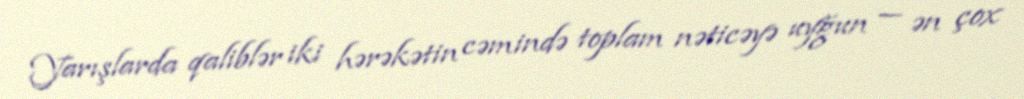
Yarışlarda qaliblər iki hərəkətin cəmində toplam nəticəyə uyğun — ən çox